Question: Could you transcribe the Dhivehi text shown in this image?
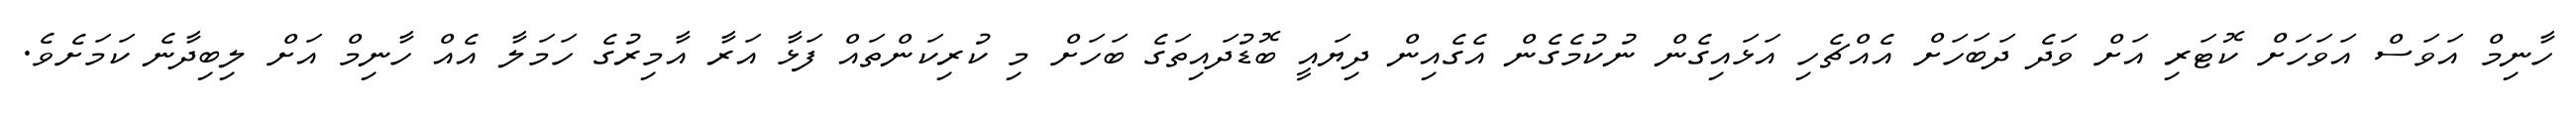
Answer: ހާނިމް އަވަސް އަވަހަށް ކޮޓަރި އަށް ވަދެ ދަބަހަށް އެއްޗެހި އަޅައިގެން ނުކުމެގެން އެގެއިން ދިޔައީ ބޮޑުދައިތަގެ ބަހަށް މި ކުރިކަންތައް ފަޅާ އަރާ އާމިރުގެ ހަމަލާ އެއް ހާނިމް އަށް ލިބިދާނެ ކަމަށެވެ.